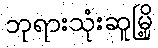
ဘုရားသုံးဆူမြို့